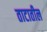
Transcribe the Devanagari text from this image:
ताटातील